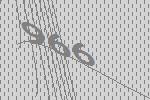
966